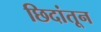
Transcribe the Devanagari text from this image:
छिदांतून